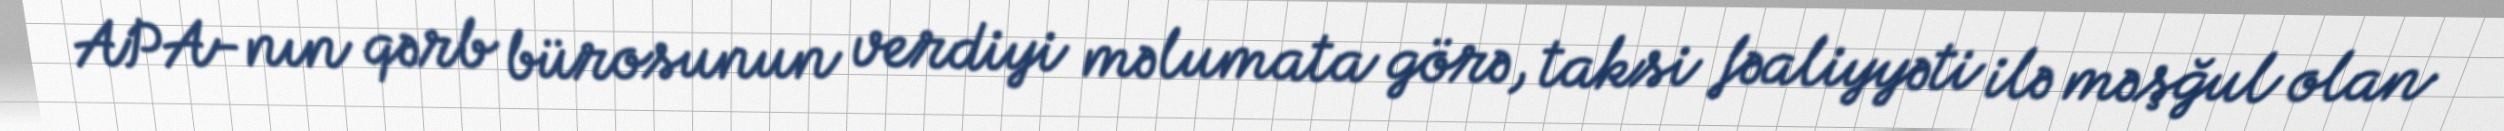
APA-nın qərb bürosunun verdiyi məlumata görə, taksi fəaliyyəti ilə məşğul olan